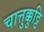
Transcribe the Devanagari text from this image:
चात्तुक्कुट्टि